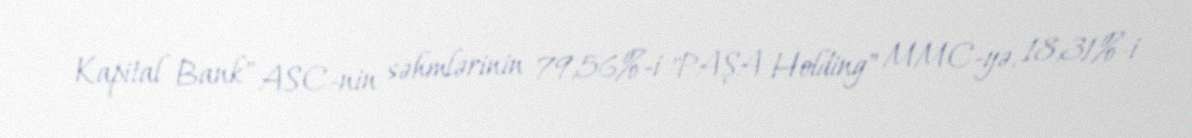
Kapital Bank" ASC-nin səhmlərinin 79,56%-i "PAŞA Holding" MMC-yə, 18,31%-i